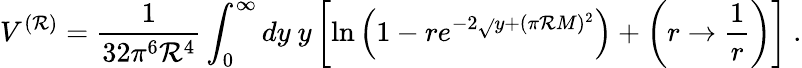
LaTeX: V^{(\mathcal{R})}=\frac{{1}}{{32\pi^{6}\mathcal{R}^{4}}}\int_{0}^{\infty}dy\ y\left[\ln\left(1-re^{-2\sqrt{}{{y+(\pi\mathcal{R}M)^{2}}}}\right)+\left(r\rightarrow\frac{{1}}{{r}}\right)\right]\ .